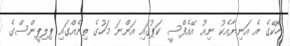
ހޮކޭގެ އެ އަނިޔާއެކު ނިއު އޭއެފްސީ ކަޕުގައި އަންނަ މަހުގެ ތިނެއްގައި ޕިލިޕީންސްގެ